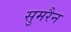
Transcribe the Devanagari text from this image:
सुमरैन